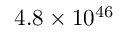
4 . 8 \times 1 0 ^ { 4 6 }